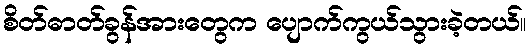
စိတ်ဓာတ်ခွန်အားတွေက ပျောက်ကွယ်သွားခဲ့တယ်။